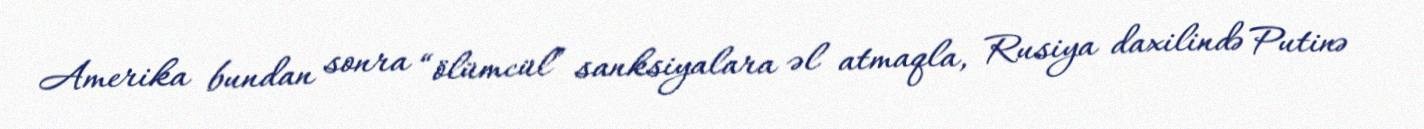
Amerika bundan sonra “ölümcül” sanksiyalara əl atmaqla, Rusiya daxilində Putinə